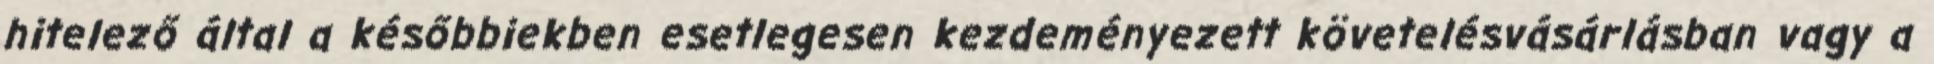
hitelező által a későbbiekben esetlegesen kezdeményezett követelésvásárlásban vagy a